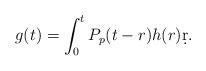
LaTeX: \begin{align*}g(t)=\int^t_0 P_p(t-r) h(r)\d r.\end{align*}